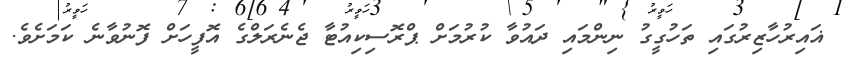
ޣައިރުހާޒިރުގައި ތަހުގީގު ނިންމައި ދައުވާ ކުރުމަށް ޕްރޮސިކިއުޓާ ޖެނެރަލްގެ އޮފީހަށް ފޮނުވާނެ ކަމަށެވެ.